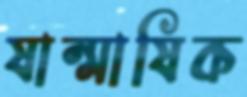
ষান্মাষিক